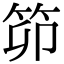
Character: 笷